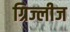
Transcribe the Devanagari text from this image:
ग्रिज्लीज